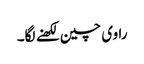
راوی چین لکھنے لگا۔